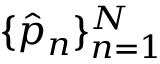
\{ \hat { p } _ { n } \} _ { n = 1 } ^ { N }